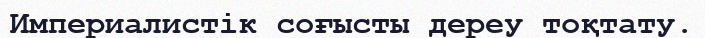
Империалистік соғысты дереу тоқтату.